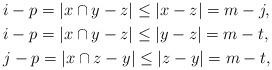
LaTeX: \begin{align*}&i-p=|x\cap y-z|\leq |x-z|=m-j,\\&i-p=|x\cap y-z|\leq |y-z|=m-t,\\&j-p=|x\cap z-y|\leq |z-y|=m-t,\end{align*}